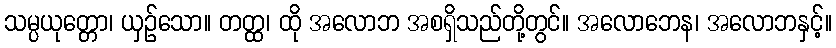
သမ္ပယုတ္တော၊ ယှဉ်သော။ တတ္ထ၊ ထို အလောဘ အစရှိသည်တို့တွင်။ အလောဘေန၊ အလောဘနှင့်။